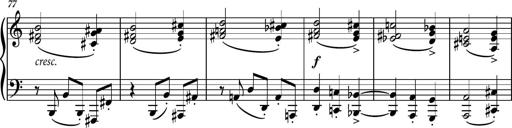
Title: Piano Sonatina No.4
Composer: Dimitri Sykias
Key: D major